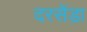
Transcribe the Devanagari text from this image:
दरसेंड़ा